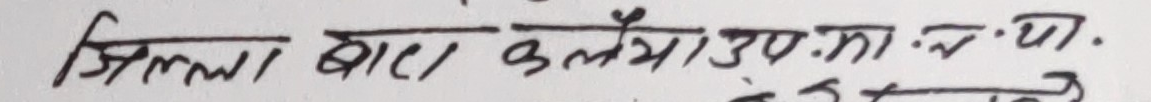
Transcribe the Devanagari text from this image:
जिल्ला बारा कलैया उप.का.ल्या.